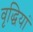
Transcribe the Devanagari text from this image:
वृद्धियां